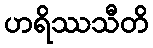
ဟရိဿသီတိ